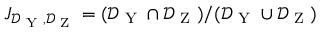
J _ { \mathcal { D } _ { \textrm { Y } } , \mathcal { D } _ { \textrm { Z } } } = ( \mathcal { D } _ { \textrm { Y } } \cap \mathcal { D } _ { \textrm { Z } } ) / ( \mathcal { D } _ { \textrm { Y } } \cup \mathcal { D } _ { \textrm { Z } } )